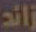
زائد